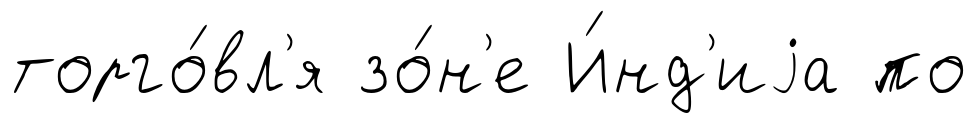
торго́вл'я зо́н'е И́нд'иjа по